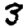
Digit: 3